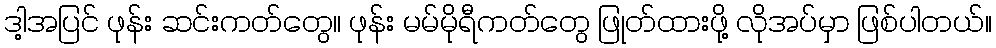
ဒါ့အပြင် ဖုန်း ဆင်းကတ်တွေ၊၊ ဖုန်း မမ်မိုရီကတ်တွေ ဖြုတ်ထားဖို့ လိုအပ်မှာ ဖြစ်ပါတယ်။